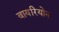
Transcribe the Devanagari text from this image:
वायरियोन